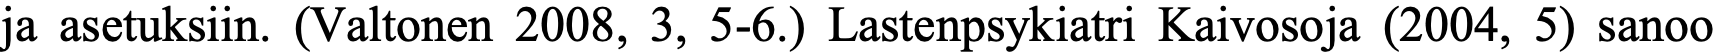
ja asetuksiin. (Valtonen 2008, 3, 5-6.) Lastenpsykiatri Kaivosoja (2004, 5) sanoo